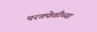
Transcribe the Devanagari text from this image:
परतफेडीच्या